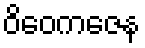
ဝိဝေကဇေန